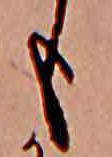
も